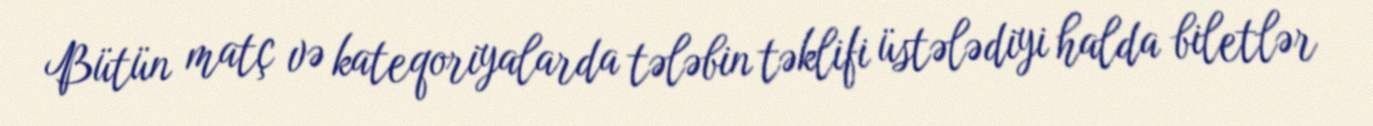
Bütün matç və kateqoriyalarda tələbin təklifi üstələdiyi halda biletlər